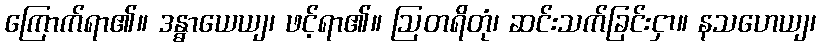
ကြောက်ရာ၏။ ဒန္ဓာယေယျ၊ ဖင့်ရာ၏။ ဩတရိတုံ၊ ဆင်းသက်ခြင်းငှာ။ နသဟေယျ၊